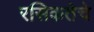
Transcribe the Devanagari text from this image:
रसिकतेचे